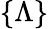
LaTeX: \{ \Lambda\}